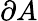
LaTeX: \partial A